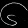
Digit: ၆